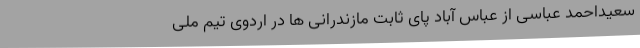
سعیداحمد عباسی از عباس آباد پای ثابت مازندرانی ها در اردوی تیم ملی